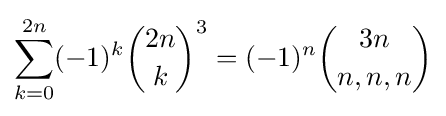
\sum _{k=0}^{2n}(-1)^{k}{\binom {2n}{k}}^{3}=(-1)^{n}{\binom {3n}{n,n,n}}